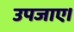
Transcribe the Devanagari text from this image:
उपजाए।